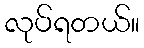
လုပ်ရတယ်။